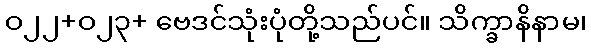
ဝ၂၂+ဝ၂၃+ ဗေဒင်သုံးပုံတို့သည်ပင်။ သိက္ခာနိနာမ၊